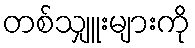
တစ်သျှူးများကို